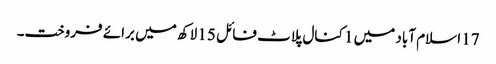
17 اسلام آباد میں 1 کنال پلاٹ فائل 15 لاکھ میں برائے فروخت۔